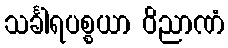
သင်္ခါရပစ္စယာ ဝိညာဏံ